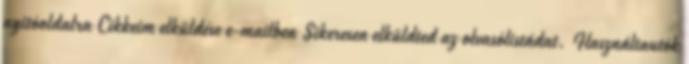
nyitóoldalra Cikkeim elküldése e-mailben Sikeresen elküldted az olvasólistádat. Használtautók